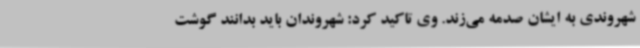
شهروندی به ایشان صدمه می‌زند. وی تاکید کرد: شهروندان باید بدانند گوشت